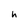
Character: h